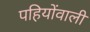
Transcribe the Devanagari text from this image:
पहियोंवाली